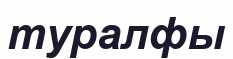
туралфы